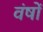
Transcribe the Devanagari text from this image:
वंषों